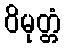
ဝိမုတ္တံ